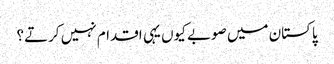
پاکستان میں صوبے کیوں یہی اقدام نہیں کرتے؟